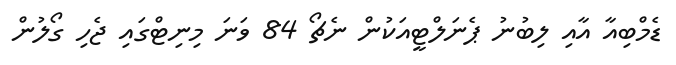
ޑެމްބިއާ އާއި ލިބުނު ޕެނަލްޓީއަކުން ނެޗޯ 84 ވަނަ މިނިޓްގައި ޖެހި ގޯލުން